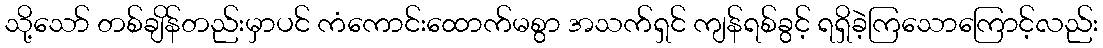
သို့သော် တစ်ချိန်တည်းမှာပင် ကံကောင်းထောက်မစွာ အသက်ရှင် ကျန်ရစ်ခွင့် ရရှိခဲ့ကြသောကြောင့်လည်း